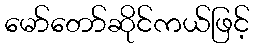
မော်တော်ဆိုင်ကယ်ဖြင့်